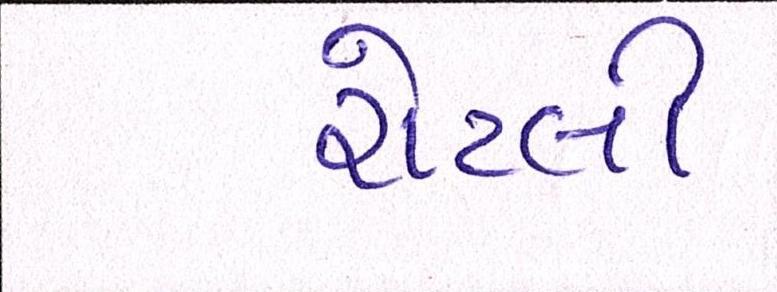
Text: રોટલી